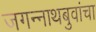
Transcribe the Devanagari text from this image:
जगन्नाथबुवांचा